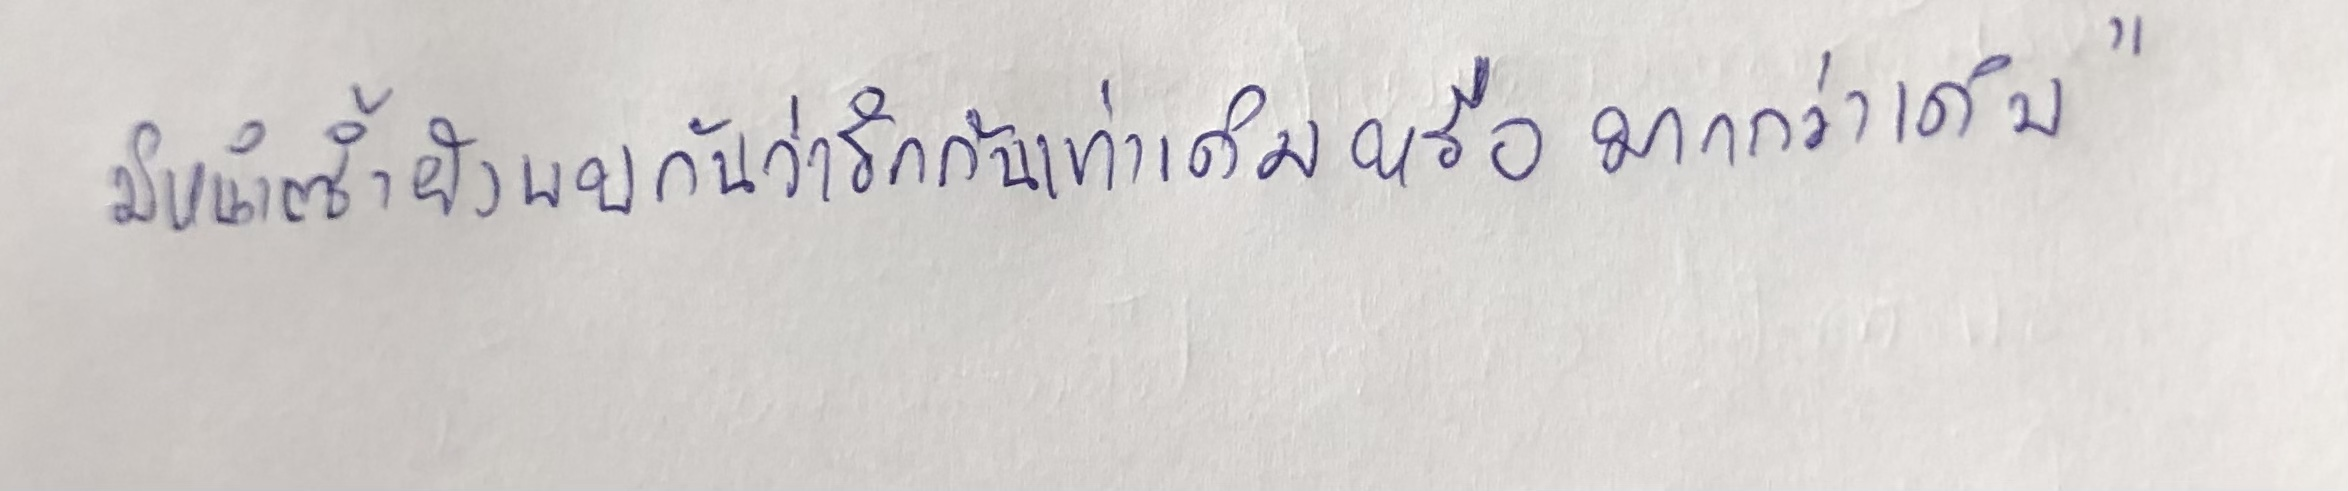
มิหนำซ้ำยังพบกันว่ารักกันเท่าเดิมหรือมากกว่าเดิม"